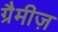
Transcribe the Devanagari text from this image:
ग्रैमीज़